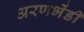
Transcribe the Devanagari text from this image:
अरणभेंडी